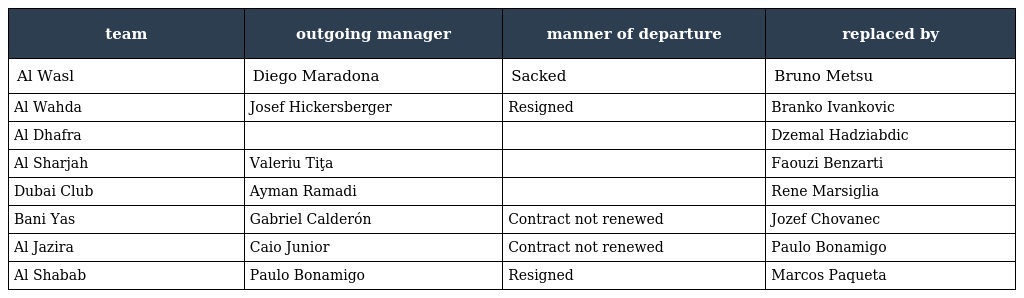
| team | outgoing manager | manner of departure | replaced by |
 | --- | --- | --- | --- |
 | Al Wasl | Diego Maradona | Sacked | Bruno Metsu |
 | Al Wahda | Josef Hickersberger | Resigned | Branko Ivankovic |
 | Al Dhafra |  |  | Dzemal Hadziabdic |
 | Al Sharjah | Valeriu Tiţa |  | Faouzi Benzarti |
 | Dubai Club | Ayman Ramadi |  | Rene Marsiglia |
 | Bani Yas | Gabriel Calderón | Contract not renewed | Jozef Chovanec |
 | Al Jazira | Caio Junior | Contract not renewed | Paulo Bonamigo |
 | Al Shabab | Paulo Bonamigo | Resigned | Marcos Paqueta |